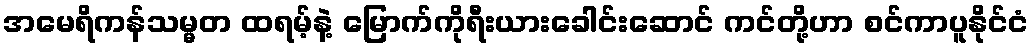
အမေရိကန်သမ္မတ ထရမ့်နဲ့ မြောက်ကိုရီးယားခေါင်းဆောင် ကင်တို့ဟာ စင်ကာပူနိုင်ငံ